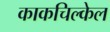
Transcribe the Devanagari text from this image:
काकचिल्केल